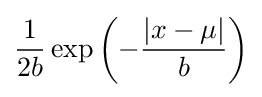
{\frac {1}{2b}}\exp \left(-{\frac {|x-\mu |}{b}}\right)